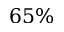
6 5 \%